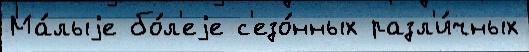
Ма́лыjе бо́л'еjе с'езо́нных разл'и́чных